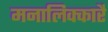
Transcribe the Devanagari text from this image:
मनालिक्कारै